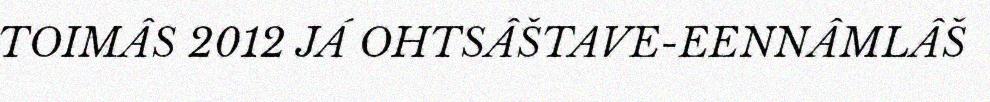
TOIMÂS 2012 JÁ OHTSÂŠTAVE-EENNÂMLÂŠ